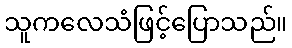
သူကလေသံဖြင့်ပြောသည်။